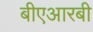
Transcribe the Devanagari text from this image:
बीएआरबी